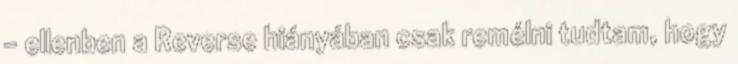
– ellenben a Reverse hiányában csak remélni tudtam, hogy